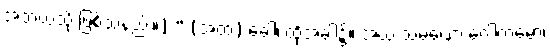
အဘယ်သို့ ဖြစ်သနည်း။) “ (အထ) ခေါ၊ ထိုအခါ၌။ အယံ သမဏော ဂေါတမော၊